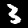
Label: 3